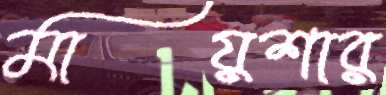
মায়শার